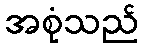
အစုံသည်